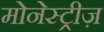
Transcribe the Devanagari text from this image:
मोनेस्ट्रीज़